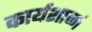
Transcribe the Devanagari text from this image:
कार्यशाळां